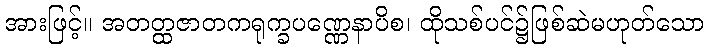
အားဖြင့်။ အတတ္ထဇာတကရုက္ခပဏ္ဏေနာပိစ၊ ထိုသစ်ပင်၌ဖြစ်ဆဲမဟုတ်သော